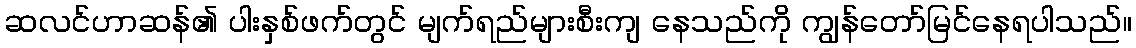
ဆလင်ဟာဆန်၏ ပါးနှစ်ဖက်တွင် မျက်ရည်များစီးကျ နေသည်ကို ကျွန်တော်မြင်နေရပါသည်။